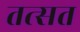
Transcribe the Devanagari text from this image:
तत्सत